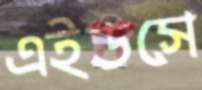
এইডসে